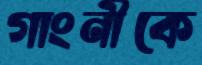
গাংনীকে